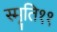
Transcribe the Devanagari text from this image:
स्मृति११